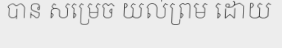
បាន សម្រេច យល់ព្រម ដោយ